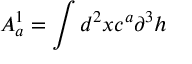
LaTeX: { \cal { A } } _ { a } ^ { 1 } = \int d ^ { 2 } x c ^ { a } \partial ^ { 3 } h